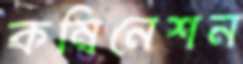
কম্বিনেশন